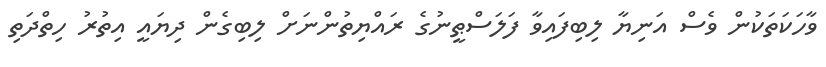
ވާހަކަތަކުން ވެސް އަނިޔާ ލިބިފައިވާ ފަލަސްޠީނުގެ ރައްޔިތުންނަށް ލިބިގެން ދިޔައީ އިތުރު ހިތްދަތި